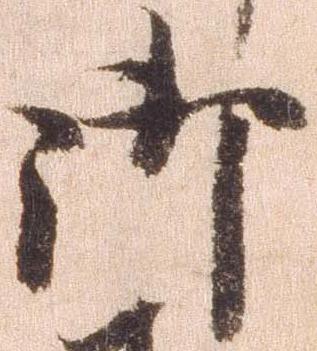
御